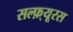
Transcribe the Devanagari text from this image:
सल्फ़्यूरस